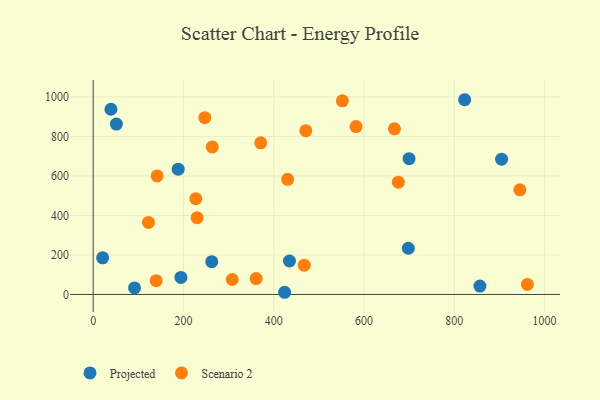
{"axis": {"x": "Investment", "y": "Sales"}, "legend": ["Projected", "Scenario 2"], "data": [{"x": "91.6", "y": 33.2, "type": "Projected"}, {"x": "424.1", "y": 11.1, "type": "Projected"}, {"x": "856.7", "y": 42.6, "type": "Projected"}, {"x": "194.3", "y": 86.5, "type": "Projected"}, {"x": "904.7", "y": 684.8, "type": "Projected"}, {"x": "698.1", "y": 234.0, "type": "Projected"}, {"x": "699.7", "y": 687.5, "type": "Projected"}, {"x": "434.8", "y": 169.5, "type": "Projected"}, {"x": "188.3", "y": 634.2, "type": "Projected"}, {"x": "39.3", "y": 937.4, "type": "Projected"}, {"x": "262.7", "y": 166.2, "type": "Projected"}, {"x": "822.9", "y": 985.6, "type": "Projected"}, {"x": "51.4", "y": 862.4, "type": "Projected"}, {"x": "20.9", "y": 185.5, "type": "Projected"}, {"x": "945.1", "y": 529.4, "type": "Scenario 2"}, {"x": "361.0", "y": 80.2, "type": "Scenario 2"}, {"x": "371.1", "y": 767.3, "type": "Scenario 2"}, {"x": "430.6", "y": 582.5, "type": "Scenario 2"}, {"x": "675.9", "y": 568.1, "type": "Scenario 2"}, {"x": "247.2", "y": 894.7, "type": "Scenario 2"}, {"x": "551.9", "y": 979.8, "type": "Scenario 2"}, {"x": "139.5", "y": 69.7, "type": "Scenario 2"}, {"x": "308.0", "y": 75.7, "type": "Scenario 2"}, {"x": "470.9", "y": 828.9, "type": "Scenario 2"}, {"x": "263.8", "y": 746.5, "type": "Scenario 2"}, {"x": "582.3", "y": 849.5, "type": "Scenario 2"}, {"x": "667.3", "y": 838.2, "type": "Scenario 2"}, {"x": "230.2", "y": 388.5, "type": "Scenario 2"}, {"x": "961.8", "y": 50.8, "type": "Scenario 2"}, {"x": "467.5", "y": 148.2, "type": "Scenario 2"}, {"x": "122.4", "y": 364.6, "type": "Scenario 2"}, {"x": "227.4", "y": 484.9, "type": "Scenario 2"}, {"x": "141.6", "y": 600.1, "type": "Scenario 2"}]}